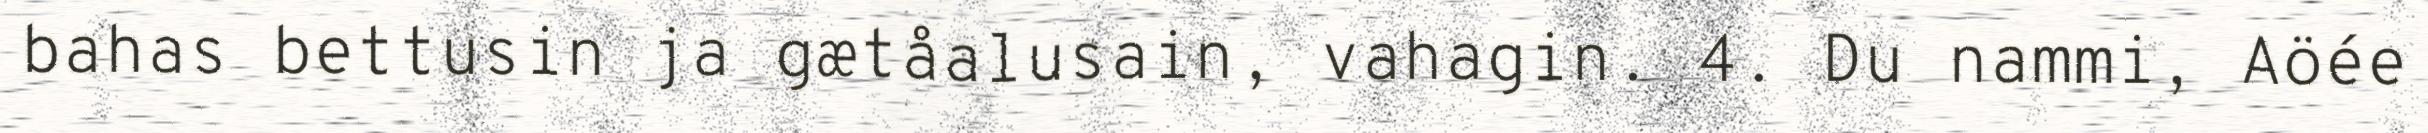
bahas bettusin ja gætåalusain, vahagin. 4. Du nammi, Aöée